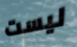
ليست